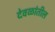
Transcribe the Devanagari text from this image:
देवळांतील